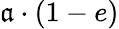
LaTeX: \mathfrak{a}\cdot(1-e)